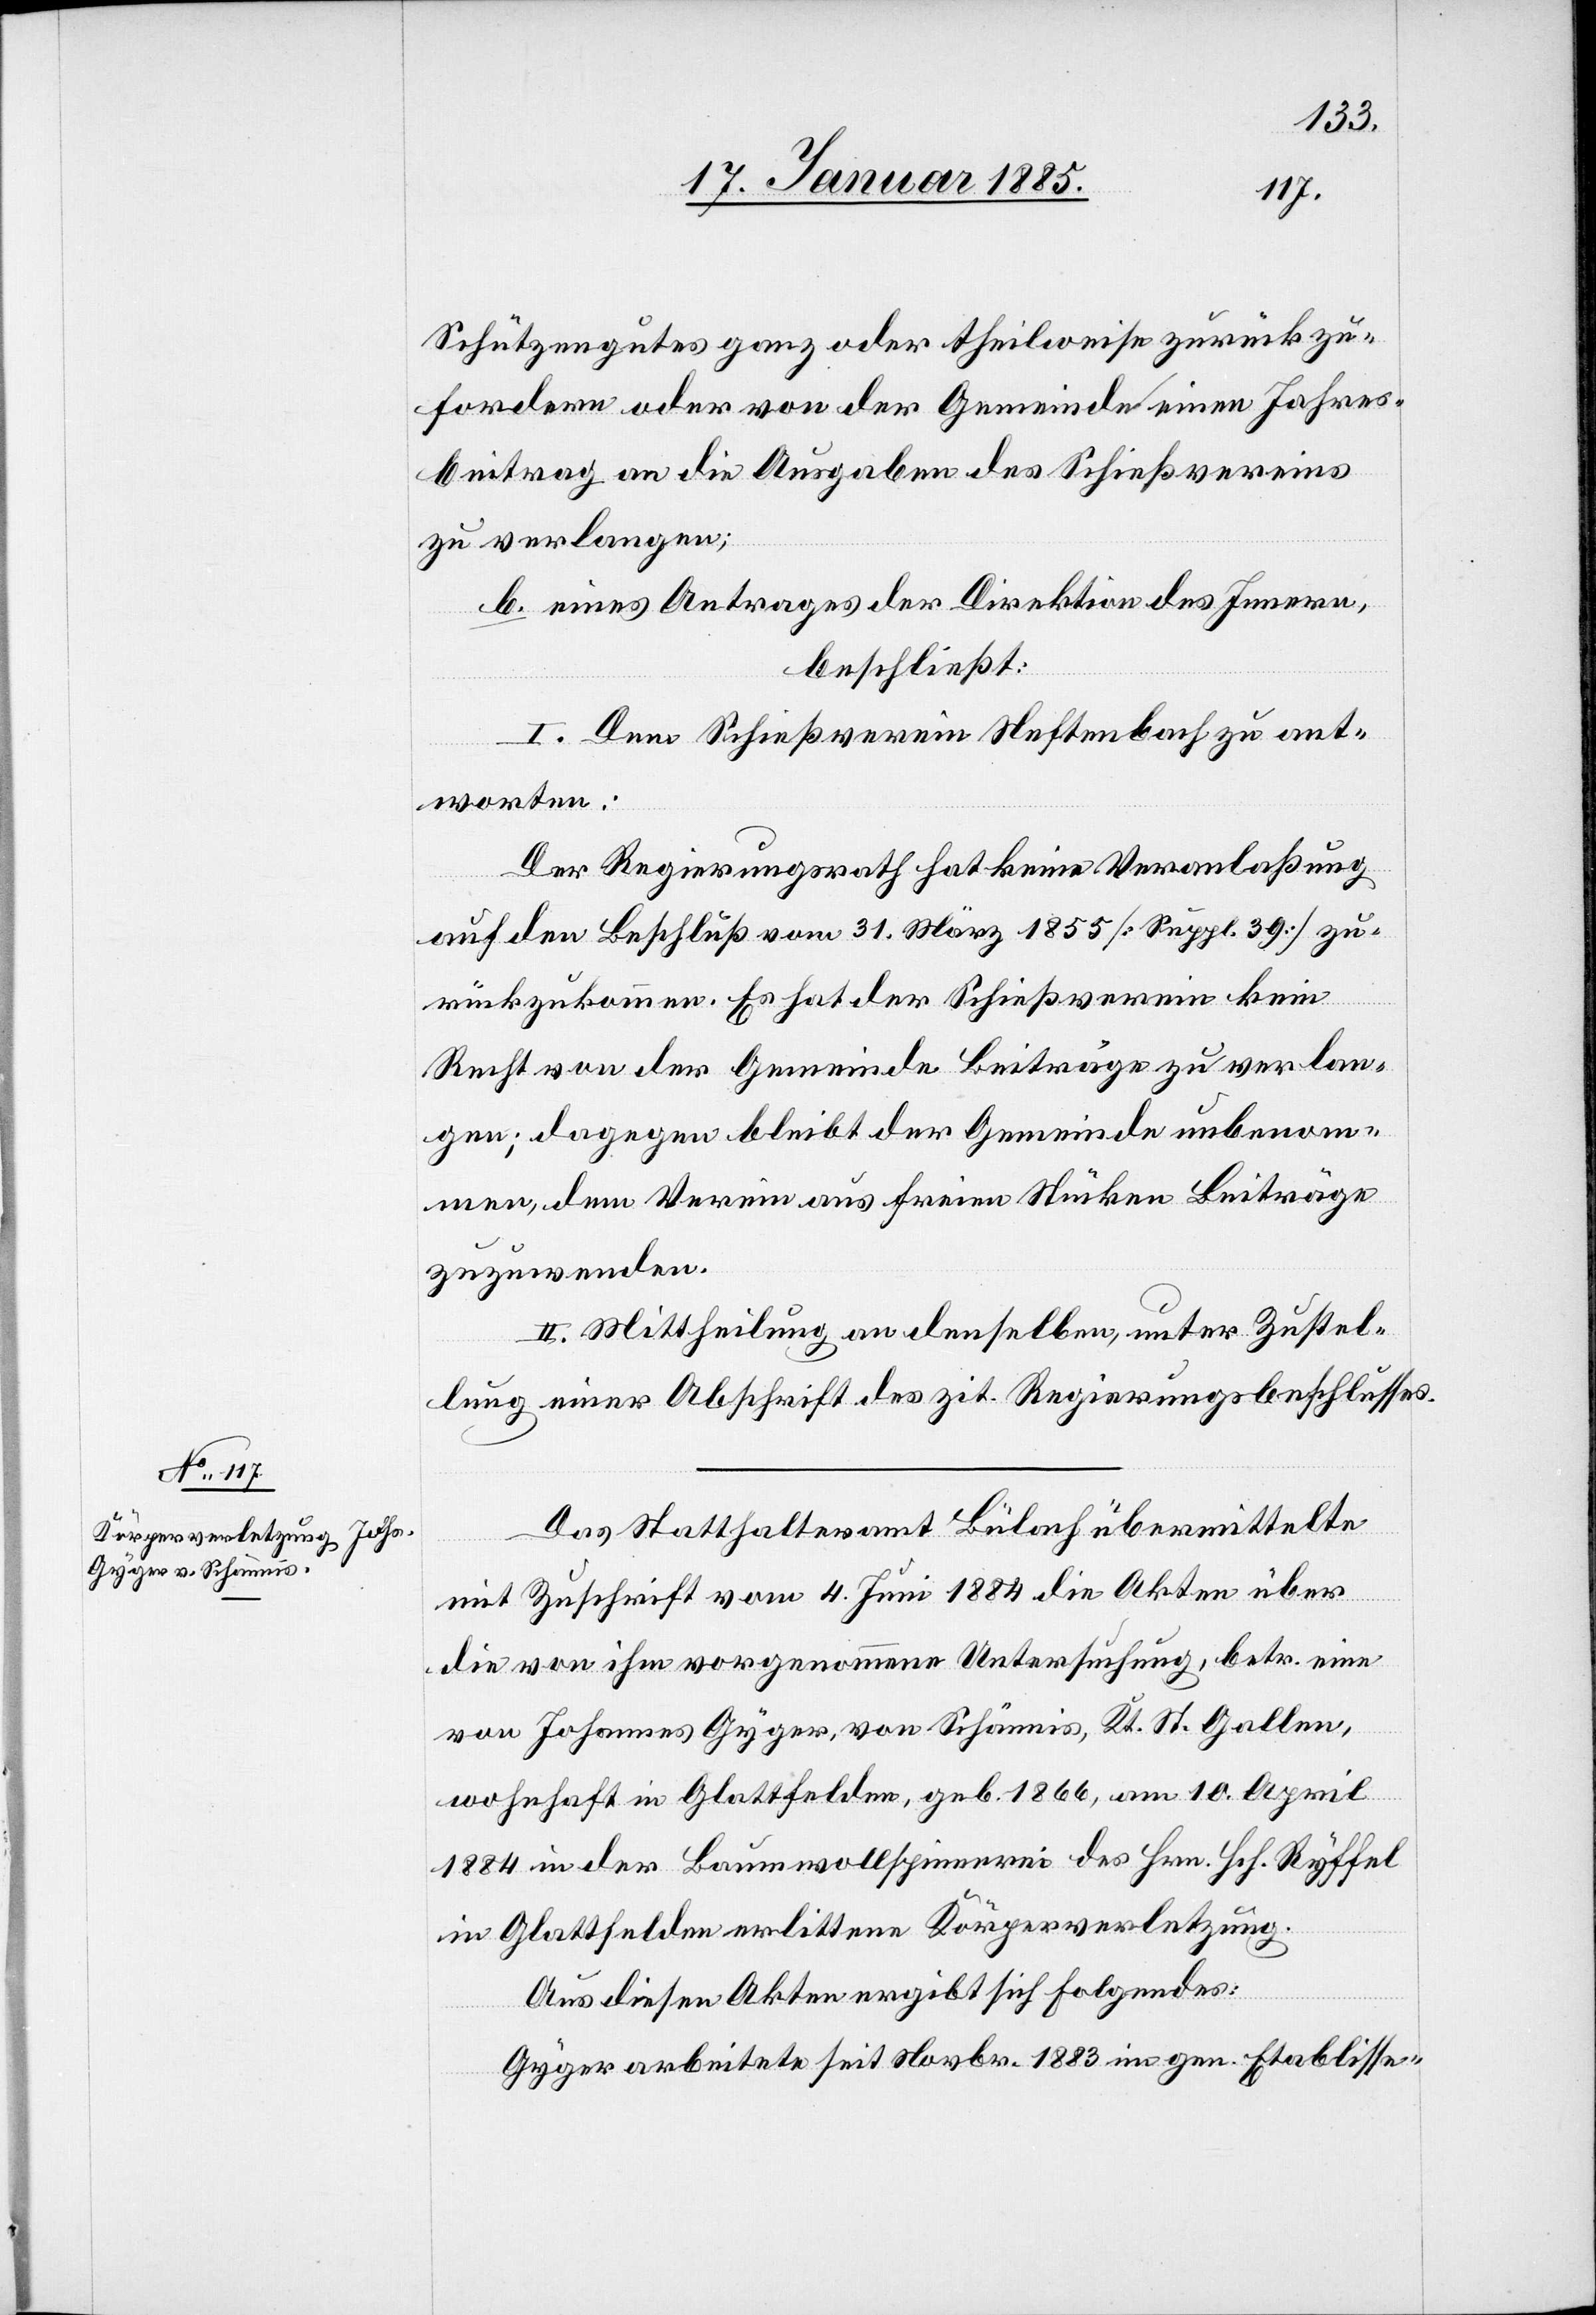
Schützengutes ganz oder theilweise zurückzu¬
fordern oder von der Gemeinde einen Jahres¬
beitrag an die Ausgaben des Schießvereins
zu verlangen;
b. eines Antrages der Direktion des Innern,
beschließt:
I. Dem Schießverein Neftenbach zu ant¬
worten:
Der Regierungsrath hat keine Veranlaßung
auf den Beschluß vom 31. März 1855 [Suppl. 39] zu¬
rückzukommen. Es hat der Schießverein kein
Recht von der Gemeinde Beiträge zu verlan¬
gen; dagegen bleibt der Gemeinde unbenom¬
men, dem Verein aus freien Stücken Beiträge
zuzuwenden.
II. Mittheilung an denselben, unter Zustel¬
lung einer Abschrift des zit. Regierungsbeschlusses.
Das Statthalteramt Bülach übermittelte
mit Zuschrift vom 4. Juni 1884 die Akten über
die von ihm vorgenommene Untersuchung, betr. eine
von Johannes Gyger, von Schännis, Kt. St. Gallen,
wohnhaft in Glattfelden, geb. 1866, am 10. April
1884 in der Baumwollspinnerei des Hrn. Hch. Ryffel
in Glattfelden erlittene Körperverletzung.
Aus diesen Akten ergibt sich folgendes:
Gyger arbeitete seit Novbr. 1883 im gen. Etablisse-